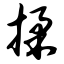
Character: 揉